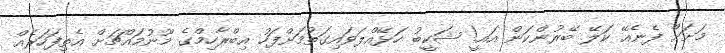
މަށަށް ފެނެއޭ ކަލޭ ބޭރުންކަން އައީ! ޝަކީބު ހަޅޭއްލަވައިގަތުމަށްފަހު އިބްރާހިމްގެ މޫނުމައްޗަށް އެތިފަހަރެއް